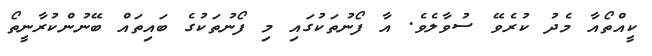
ކީއްތޯއާ މެދު ކުރެވޭ ސުވާލެވެ. އާ ފޯނުތަކުގައި މި ފޯނުތަކުގެ ބައިތައް ބޭނުންކުރާނީތޯ